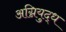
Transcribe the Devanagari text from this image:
अग्नियुद्ध